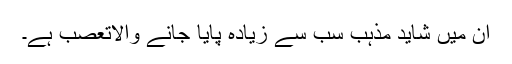
ان میں شاید مذہب سب سے زیادہ پایا جانے والاتعصب ہے۔